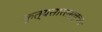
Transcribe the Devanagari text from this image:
कृत्यसारसमुच्चयः